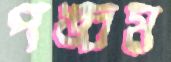
পঙ্চম